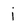
Character: j